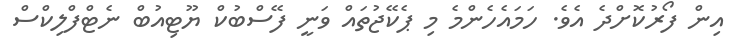
އިން ފޯރުކޮށްދެ އެވެ. ހަމައެހެންމެ މި ޕެކޭޖުތައް ވަނީ ފޭސްބުކް ޔޫޓިއުބް ނެޓްފްލިކްސް